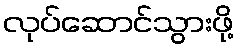
လုပ်ဆောင်သွားဖို့